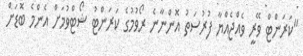
"ކަރަންޓް ވޭރީ ވެއްޖެއްޔާ ފުރުސަތު އޮންނާނެ ރޯވުމުގެ ކަރަންޓު ޝޯޓްވުމަށް އެންމެ ބޮޑަށް